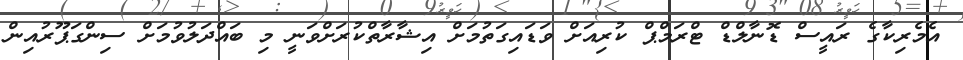
އެމެރިކާގެ ރައީސް ޑޮނާލްޑް ޓްރަމްޕް ކުރިއަށް ވަޑައިގަތުމަށް އިޝާރާތްކުރަށްވަނީ މި ބައްދަލުވުމަށް ސިންގަޕޫރުއިން